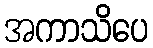
အကာသိပေ